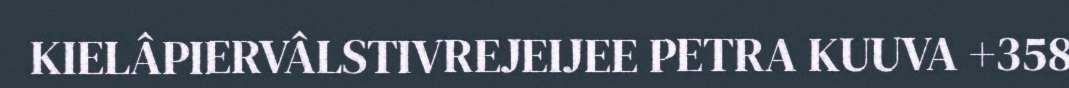
KIELÂPIERVÂLSTIVREJEIJEE PETRA KUUVA +358